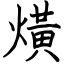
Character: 熿